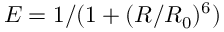
E = 1 / ( 1 + ( R / R _ { 0 } ) ^ { 6 } )